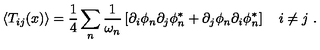
\left\langle T _ { i j } ( x ) \right\rangle = \frac { 1 } { 4 } \sum _ { n } \frac { 1 } { \omega _ { n } } \left[ \partial _ { i } \phi _ { n } \partial _ { j } \phi _ { n } ^ { * } + \partial _ { j } \phi _ { n } \partial _ { i } \phi _ { n } ^ { * } \right] \quad i \neq j \ .